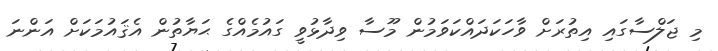
މި ޖަލްސާގައި އިތުރަށް ވާހަކަދައްކަވަމުން މޫސާ ވިދާޅުވީ ގައުމެއްގެ ޙަޔާތުން އެޤައުމަކަށް އަންނަ